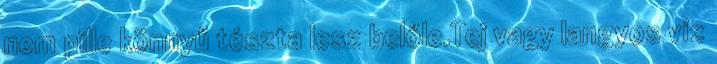
nem pille könnyű tészta lesz belőle.Tej vagy langyos víz